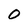
Character: O